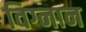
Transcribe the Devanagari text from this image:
विग्नान